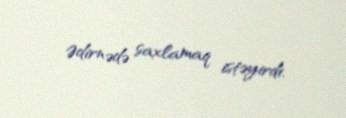
Ədirnədə saxlamaq istəyirdi.